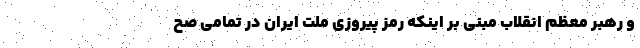
و رهبر معظم انقلاب مبنی بر اینکه رمز پیروزی ملت ایران در تمامی صح